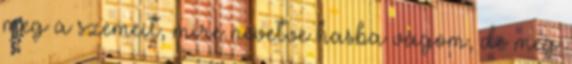
meg a szemeit, mire nevetve hasba vágom, de meg